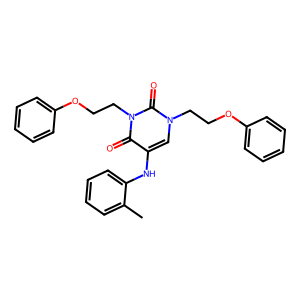
SMILES: Cc1ccccc1Nc1cn(CCOc2ccccc2)c(=O)n(CCOc2ccccc2)c1=O
Inhibits HIV replication: No